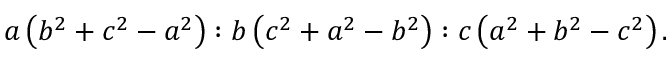
a \left( b ^ { 2 } + c ^ { 2 } - a ^ { 2 } \right) : b \left( c ^ { 2 } + a ^ { 2 } - b ^ { 2 } \right) : c \left( a ^ { 2 } + b ^ { 2 } - c ^ { 2 } \right) .